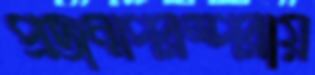
প্রজন্মপরম্পরায়